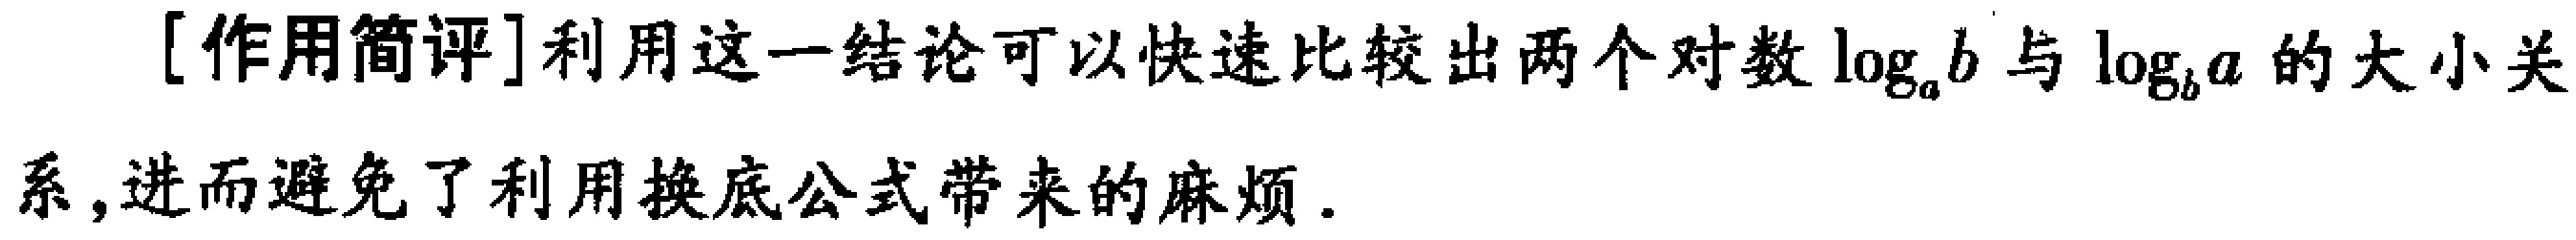
[作用简评]利用这一结论可以快速比较出两个对数\(\log_{a}b\)与\(\log_{b}a\)的大小关系,进而避免了利用换底公式带来的麻烦.